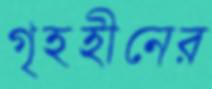
গৃহহীনের